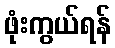
ဖုံးကွယ်ရန်